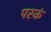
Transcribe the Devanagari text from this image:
परकं